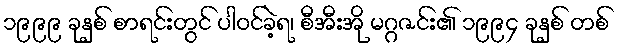
၁၉၉၉ ခုနှစ် စာရင်းတွင် ပါဝင်ခဲ့ရ၊ စီအီးအို မဂ္ဂဇင်း၏ ၁၉၉၄ ခုနှစ် တစ်